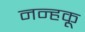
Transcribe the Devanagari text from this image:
नन्हकू